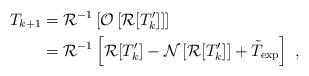
LaTeX: \begin{align*}T_{k+1} &= {\cal R}^{-1} \left[ {\cal O}\left[ {\cal R}[T_k^\prime] \right] \right] \\ &= {\cal R}^{-1} \left[{\cal R}[T_k^\prime] - {\cal N}\left[ {\cal R}[T_k^\prime] \right] + \tilde{T}_{\rm exp} \right] \ ,\end{align*}